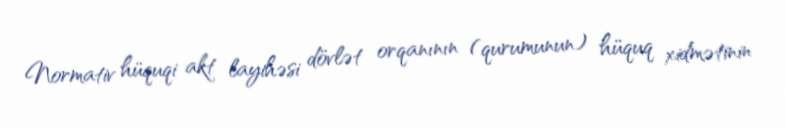
Normativ hüquqi akt layihəsi dövlət orqanının (qurumunun) hüquq xidmətinin